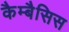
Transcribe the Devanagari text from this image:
कैम्बैसिस